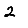
Digit: 2